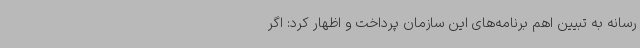
رسانه به تبیین اهم برنامه‌های این سازمان پرداخت و اظهار کرد: اگر